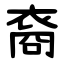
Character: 裔